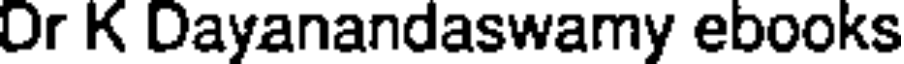
Or K Dayanandaswamy ebooks